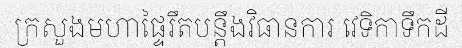
ក្រសួងមហាផ្ទៃរឹតបន្តឹងវិធានការ វេទិកាទឹកដី